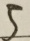
5